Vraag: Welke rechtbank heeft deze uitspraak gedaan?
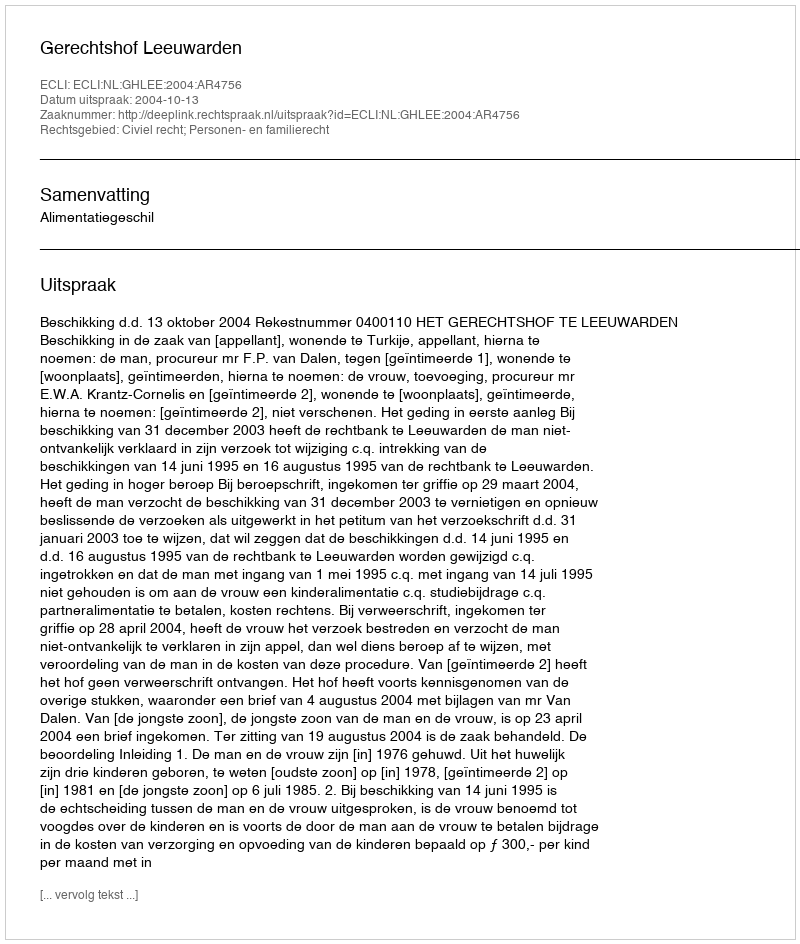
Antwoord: Gerechtshof Leeuwarden